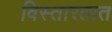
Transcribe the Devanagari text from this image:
विस्तारतात